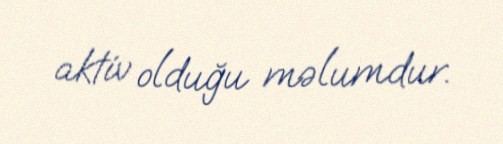
aktiv olduğu məlumdur.